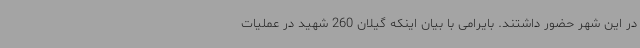
در این شهر حضور داشتند. بایرامی با بیان اینکه گیلان 260 شهید در عملیات